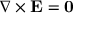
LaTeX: \nabla \times \mathbf { E } = \mathbf { 0 }